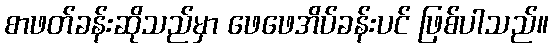
စာဖတ်ခန်းဆိုသည်မှာ ဖေဖေအိပ်ခန်းပင် ဖြစ်ပါသည်။